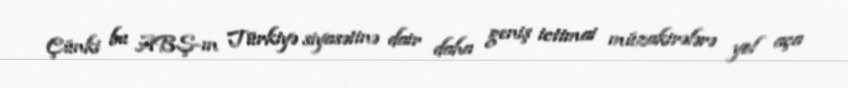
Çünki bu ABŞ-ın Türkiyə siyasətinə dair daha geniş ictimai müzakirələrə yol aça